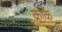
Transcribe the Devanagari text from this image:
क्रोके